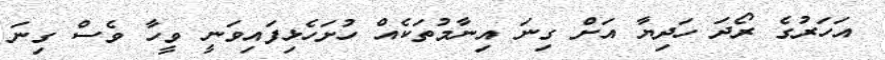
އަހަރުގެ ރޯދަ ހަދިޔާ އަށް ގިނަ އިނާމުތަކެއް ހުށަހެޅިފައިވަނީ ވީހާ ވެސް ގިނަ